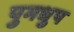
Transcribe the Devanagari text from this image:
पुमधुप